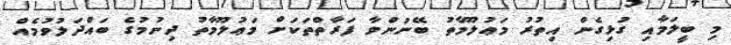
މި ބީލަމާއި ގުޅިގެން އިތުރު މަޢުލޫމާތު ބޭނުންވާ ފަރާތްތަކަށް މަޢުލޫމާތު ދިނުމުގެ ބައްދަލުވުމެއް